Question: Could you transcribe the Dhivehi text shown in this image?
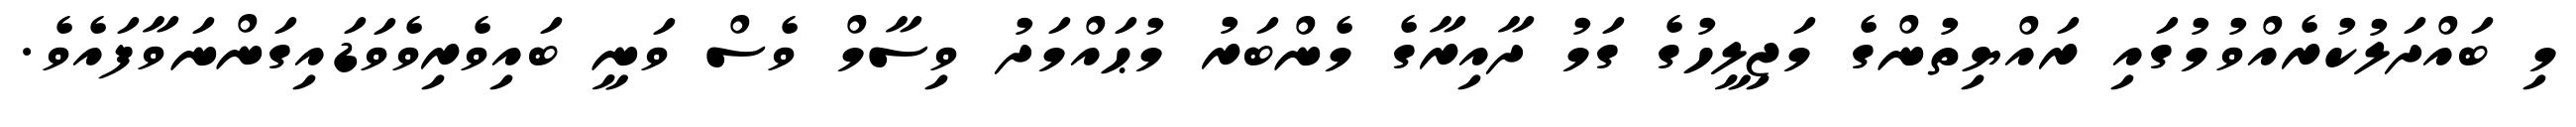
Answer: މި ބައްދަލުކުރެއްވުމުގައި ރައްޔިތުންގެ މަޖިލީހުގެ ގަމު ދާއިރާގެ މެންބަރު މުޙައްމަދު ވިސާމް ވެސް ވަނީ ބައިވެރިވެވަޑައިގަންނަވާފައެވެ.